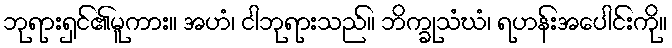
ဘုရားရှင်၏မူကား။ အဟံ၊ ငါဘုရားသည်။ ဘိက္ခုသံဃံ၊ ရဟန်းအပေါင်းကို။